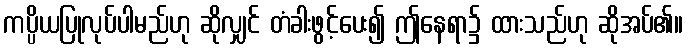
ကပ္ပိယပြုလုပ်ပါမည်ဟု ဆိုလျှင် တံခါးဖွင့်ပေး၍ ဤနေရာ၌ ထားသည်ဟု ဆိုအပ်၏။